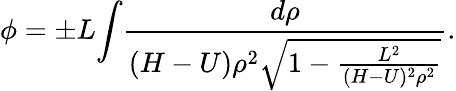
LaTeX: {\phi}={\pm}L{{\int}{\frac{d\rho}{(H-U)\rho^{2}{\sqrt{1-{\frac{L^{2}}{(H-U)^{2}\rho^{2}}}}}}}}.